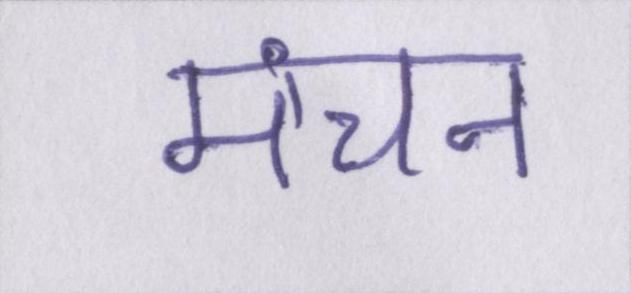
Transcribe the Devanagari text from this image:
मंचन